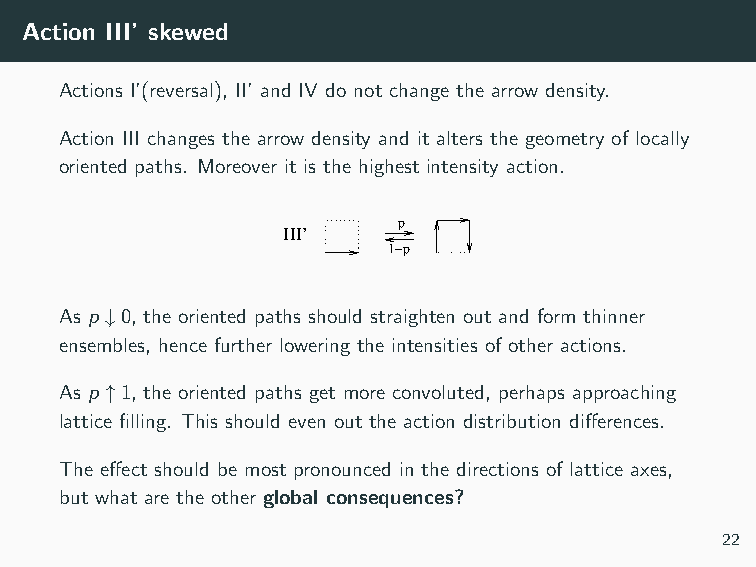
Action III’ skewed
 Actions I’(reversal), II’ and IV do not change the arrow density.
 Action III changes the arrow density and it alters the geometry of locally
 oriented paths. Moreover it is the highest intensity action.
 p
 III’
 1−p
 As p ↓0, the oriented paths should straighten out and form thinner
 ensembles, hence further lowering the intensities of other actions.
 As p ↑1, the oriented paths get more convoluted, perhaps approaching
 lattice filling. This should even out the action distribution differences.
 The effect should be most pronounced in the directions of lattice axes,
 but what are the other global consequences?
 22